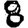
Digit: 8